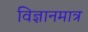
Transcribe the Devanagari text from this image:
विज्ञानमात्र